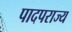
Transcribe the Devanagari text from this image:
पादपराज्य